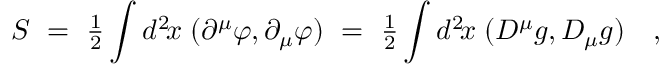
S ~ = ~ { \textstyle { \frac { 1 } { 2 } } } \int d ^ { 2 } \! x \; ( \partial ^ { \mu } \varphi , \partial _ { \mu } \varphi ) ~ = ~ { \textstyle { \frac { 1 } { 2 } } } \int d ^ { 2 } \! x \; ( D ^ { \mu } g , D _ { \mu } g ) ~ ~ ~ ,